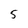
Character: 5